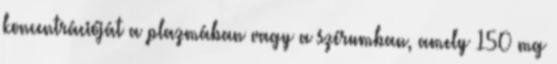
koncentrációját a plazmában vagy a szérumban, amely 150 mg